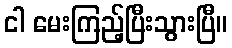
ငါ မေးကြည့်ပြီးသွားပြီ။